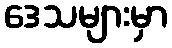
ဒေသများမှာ